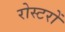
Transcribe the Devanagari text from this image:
रोस्टरों